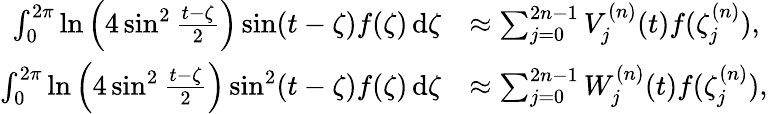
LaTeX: \begin{array}{rl}{\int_{0}^{2\pi}\ln\Big(4\sin^{2}\frac{t-\zeta}{2}\Big)\sin(t-\zeta)f(\zeta)\, \mathrm{d}\zeta}&{\approx\sum_{j=0}^{2n-1}V_{j}^{(n)}(t)f(\zeta_{j}^{(n)}),}\\ {\int_{0}^{2\pi}\ln\Big(4\sin^{2}\frac{t-\zeta}{2}\Big)\sin^{2}(t-\zeta)f(\zeta)\, \mathrm{d}\zeta}&{\approx\sum_{j=0}^{2n-1}W_{j}^{(n)}(t)f(\zeta_{j}^{(n)}),}\end{array}